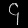
Digit: ၄